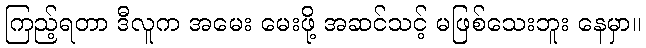
ကြည့်ရတာ ဒီလူက အမေး မေးဖို့ အဆင်သင့် မဖြစ်သေးဘူး နေမှာ။